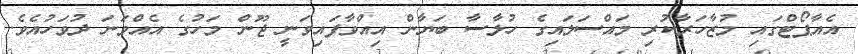
އެއާޕޯޓްގައި މުޒާހަރާކުރި މައްސަލައިގެ ހުލާސާ ބަޔާން އިއްވާފައިވަނީ ޖޫން މަހުގެ އެއްވަނަ ދުވަހުއެވެ.